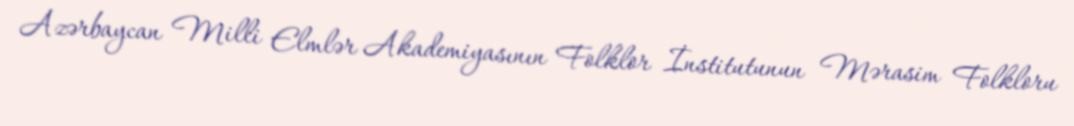
Azərbaycan Milli Elmlər Akademiyasının Folklor İnstitutunun Mərasim Folkloru